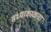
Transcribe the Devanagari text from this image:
संध्याकाळचा